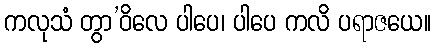
ကလုသံ တွာ’ဝိလေ ပါပေ၊ ပါပေ ကလိ ပရာဇယေ။